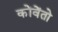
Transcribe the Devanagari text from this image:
कोंवेंतो